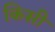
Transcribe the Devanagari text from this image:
किसी